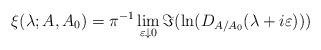
LaTeX: \begin{align*}\xi(\lambda; A,A_0) = \pi^{-1} \lim_{\varepsilon \downarrow 0} \Im(\ln(D_{A/A_0}(\lambda + i \varepsilon))) \, \end{align*}